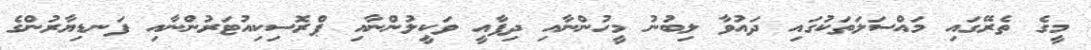
މީގެ ތެރޭގައި މައްސަލަތަކުގައި ދައުވާ ލިބުނު މީހުންނާއި ދިފާއީ ވަކީލުންނާއި ޕްރޮސިކިއުޓަރުންނާއި ފަނޑިޔާރުންގެ